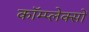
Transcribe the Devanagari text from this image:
कॉम्प्लेक्सों